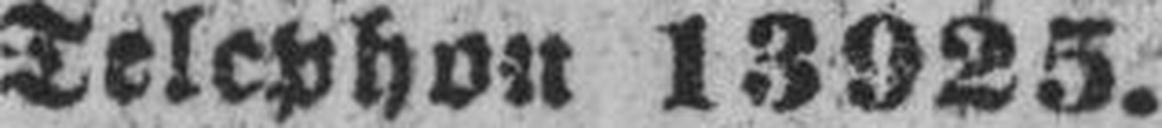
Telephon 13925.